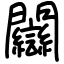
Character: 𨷻